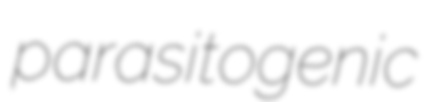
parasitogenic